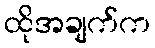
ထိုအချက်က